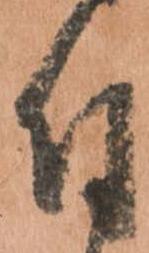
付